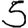
Digit: 5